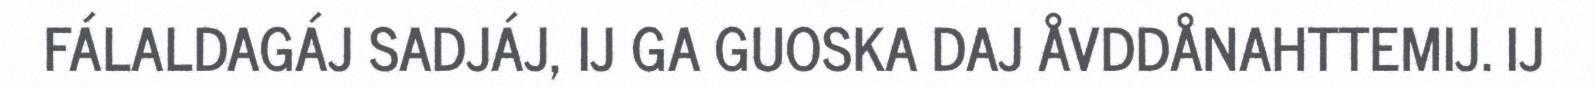
FÁLALDAGÁJ SADJÁJ, IJ GA GUOSKA DAJ ÅVDDÅNAHTTEMIJ. IJ